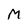
Character: M